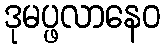
ဒုမပ္ဖလာနေဝ